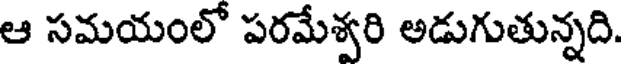
ఆ సమయంలో పరమేశ్వరి అడుగుతున్నది.